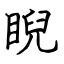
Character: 睨